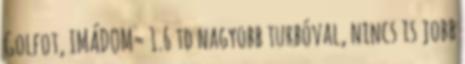
Golfot, IMÁDOM= 1.6 td nagyobb turbóval, nincs is jobb